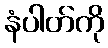
နံပါတ်ကို